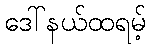
ဒေါ်နယ်ထရမ့်